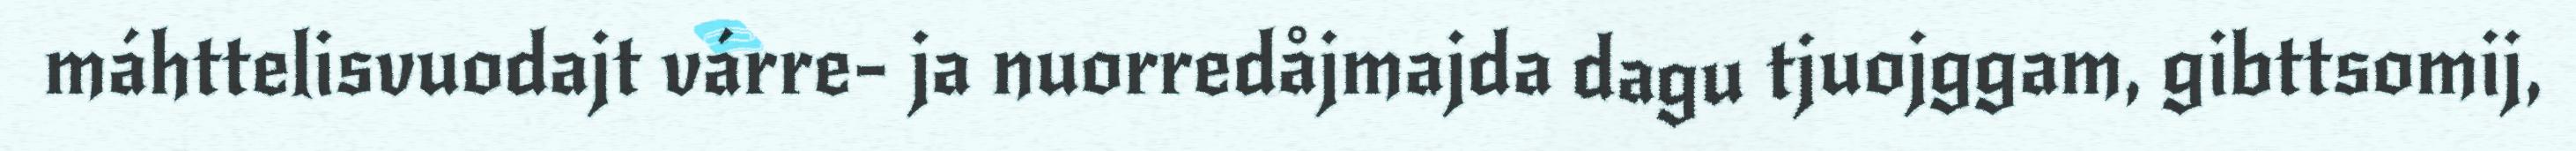
máhttelisvuodajt várre- ja nuorredåjmajda dagu tjuojggam, gibttsomij,